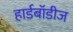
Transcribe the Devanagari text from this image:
हार्डबॉडीज